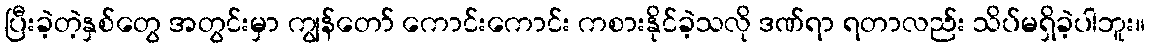
ပြီးခဲ့တဲ့နှစ်တွေ အတွင်းမှာ ကျွန်တော် ကောင်းကောင်း ကစားနိုင်ခဲ့သလို ဒဏ်ရာ ရတာလည်း သိပ်မရှိခဲ့ပါဘူး။